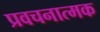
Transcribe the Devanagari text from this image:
प्रवचनात्मक